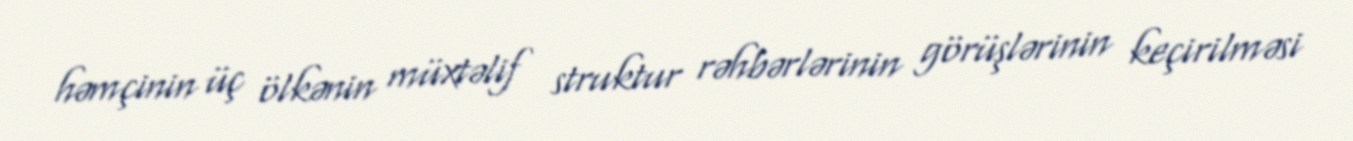
həmçinin üç ölkənin müxtəlif struktur rəhbərlərinin görüşlərinin keçirilməsi